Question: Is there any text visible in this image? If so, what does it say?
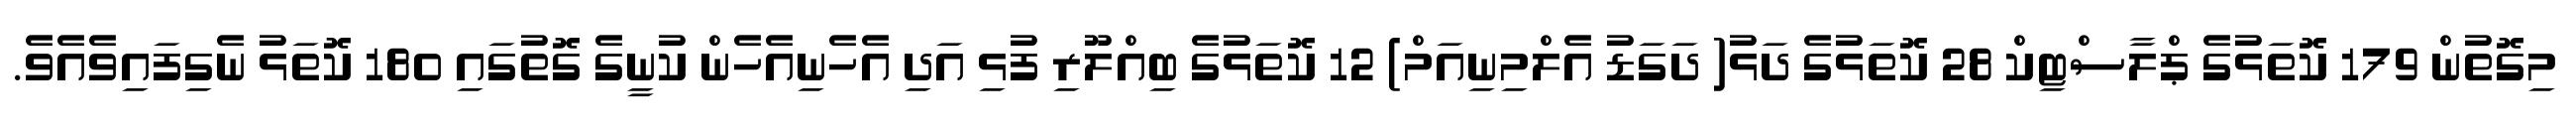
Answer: މިގޮތުން 179 ކޮތަޅުގެ ޕްލާސްޓިކް 28 ކޮތަޅުގެ ދަޅު( ދަގަޑު އެލްމިނިއަމް) 12 ކޮތަޅުގެ ބިއްލޫރި ފުޅި އަދި އެހެނިއެހެން ކުނީގެ ގޮތުގައި 180 ކޮތަޅު ނެގިފައިވެއެވެ.